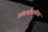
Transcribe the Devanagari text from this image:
अंतर्शासकीय